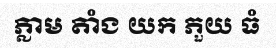
ភ្លាម តាំង យក ភួយ ធំ